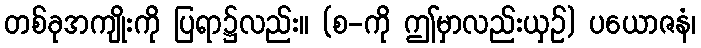
တစ်ခုအကျိုးကို ပြရာ၌လည်း။ (စ-ကို ဤမှာလည်းယှဉ်) ပယောဇနံ၊